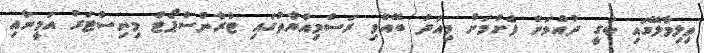
ވިލިމާލޭގައި ބަގީ ދުއްވަން ފެށުމަށް މިއަދު ބޭއްވި ރަސްމިއްޔާތުގައި ޓްރާންސްޕޯޓް މިނިސްޓަރު އަމީނާއި